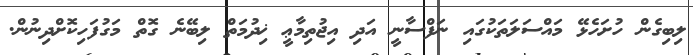
ލިބިގެން ހުށަހެޅޭ މައްސަލަތަކުގައި ނަފްސާނީ އަދި އިޖުތިމާޢީ ޚިދުމަތް ލިބޭނެ ގޮތް މަގުފަހިކޮށްދިނުން.